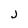
Character: j